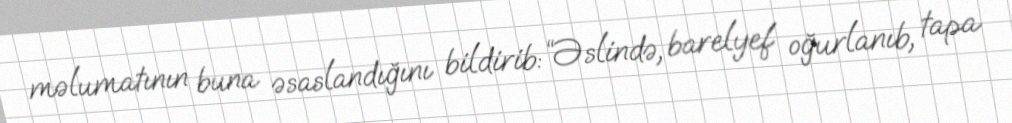
məlumatının buna əsaslandığını bildirib: “Əslində, barelyef oğurlanıb, tapa